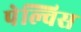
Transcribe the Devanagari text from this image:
पेल्विस